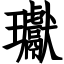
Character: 瓛